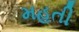
મહતી